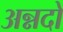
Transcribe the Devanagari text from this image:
अन्नदो